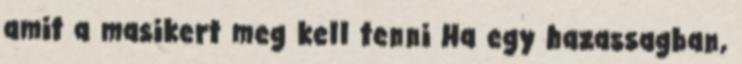
amit a masikert meg kell tenni Ha egy hazassagban,